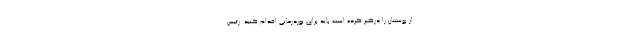
از پوستتان را درگیر کرده است باید برای نوردرمانی اقدام کنید. رئیس